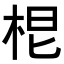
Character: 𭩷